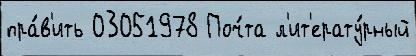
пра́в'ить 03051978 Поч́та л'ит'ерату́рный